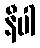
နီပါ